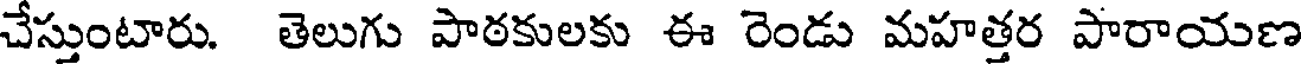
చేస్తుంటారు. తెలుగు పాఠకులకు ఈ రెండు మహత్తర పారాయణ